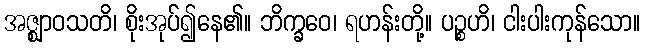
အဇ္ဈာဝသတိ၊ စိုးအုပ်၍နေ၏။ ဘိက္ခဝေ၊ ရဟန်းတို့။ ပဉ္စဟိ၊ ငါးပါးကုန်သော။